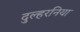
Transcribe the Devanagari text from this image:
दुल्हरनिया